65_HS1-834228961_62-HQ-83894_Section_3
Agency: FBI
Page 147
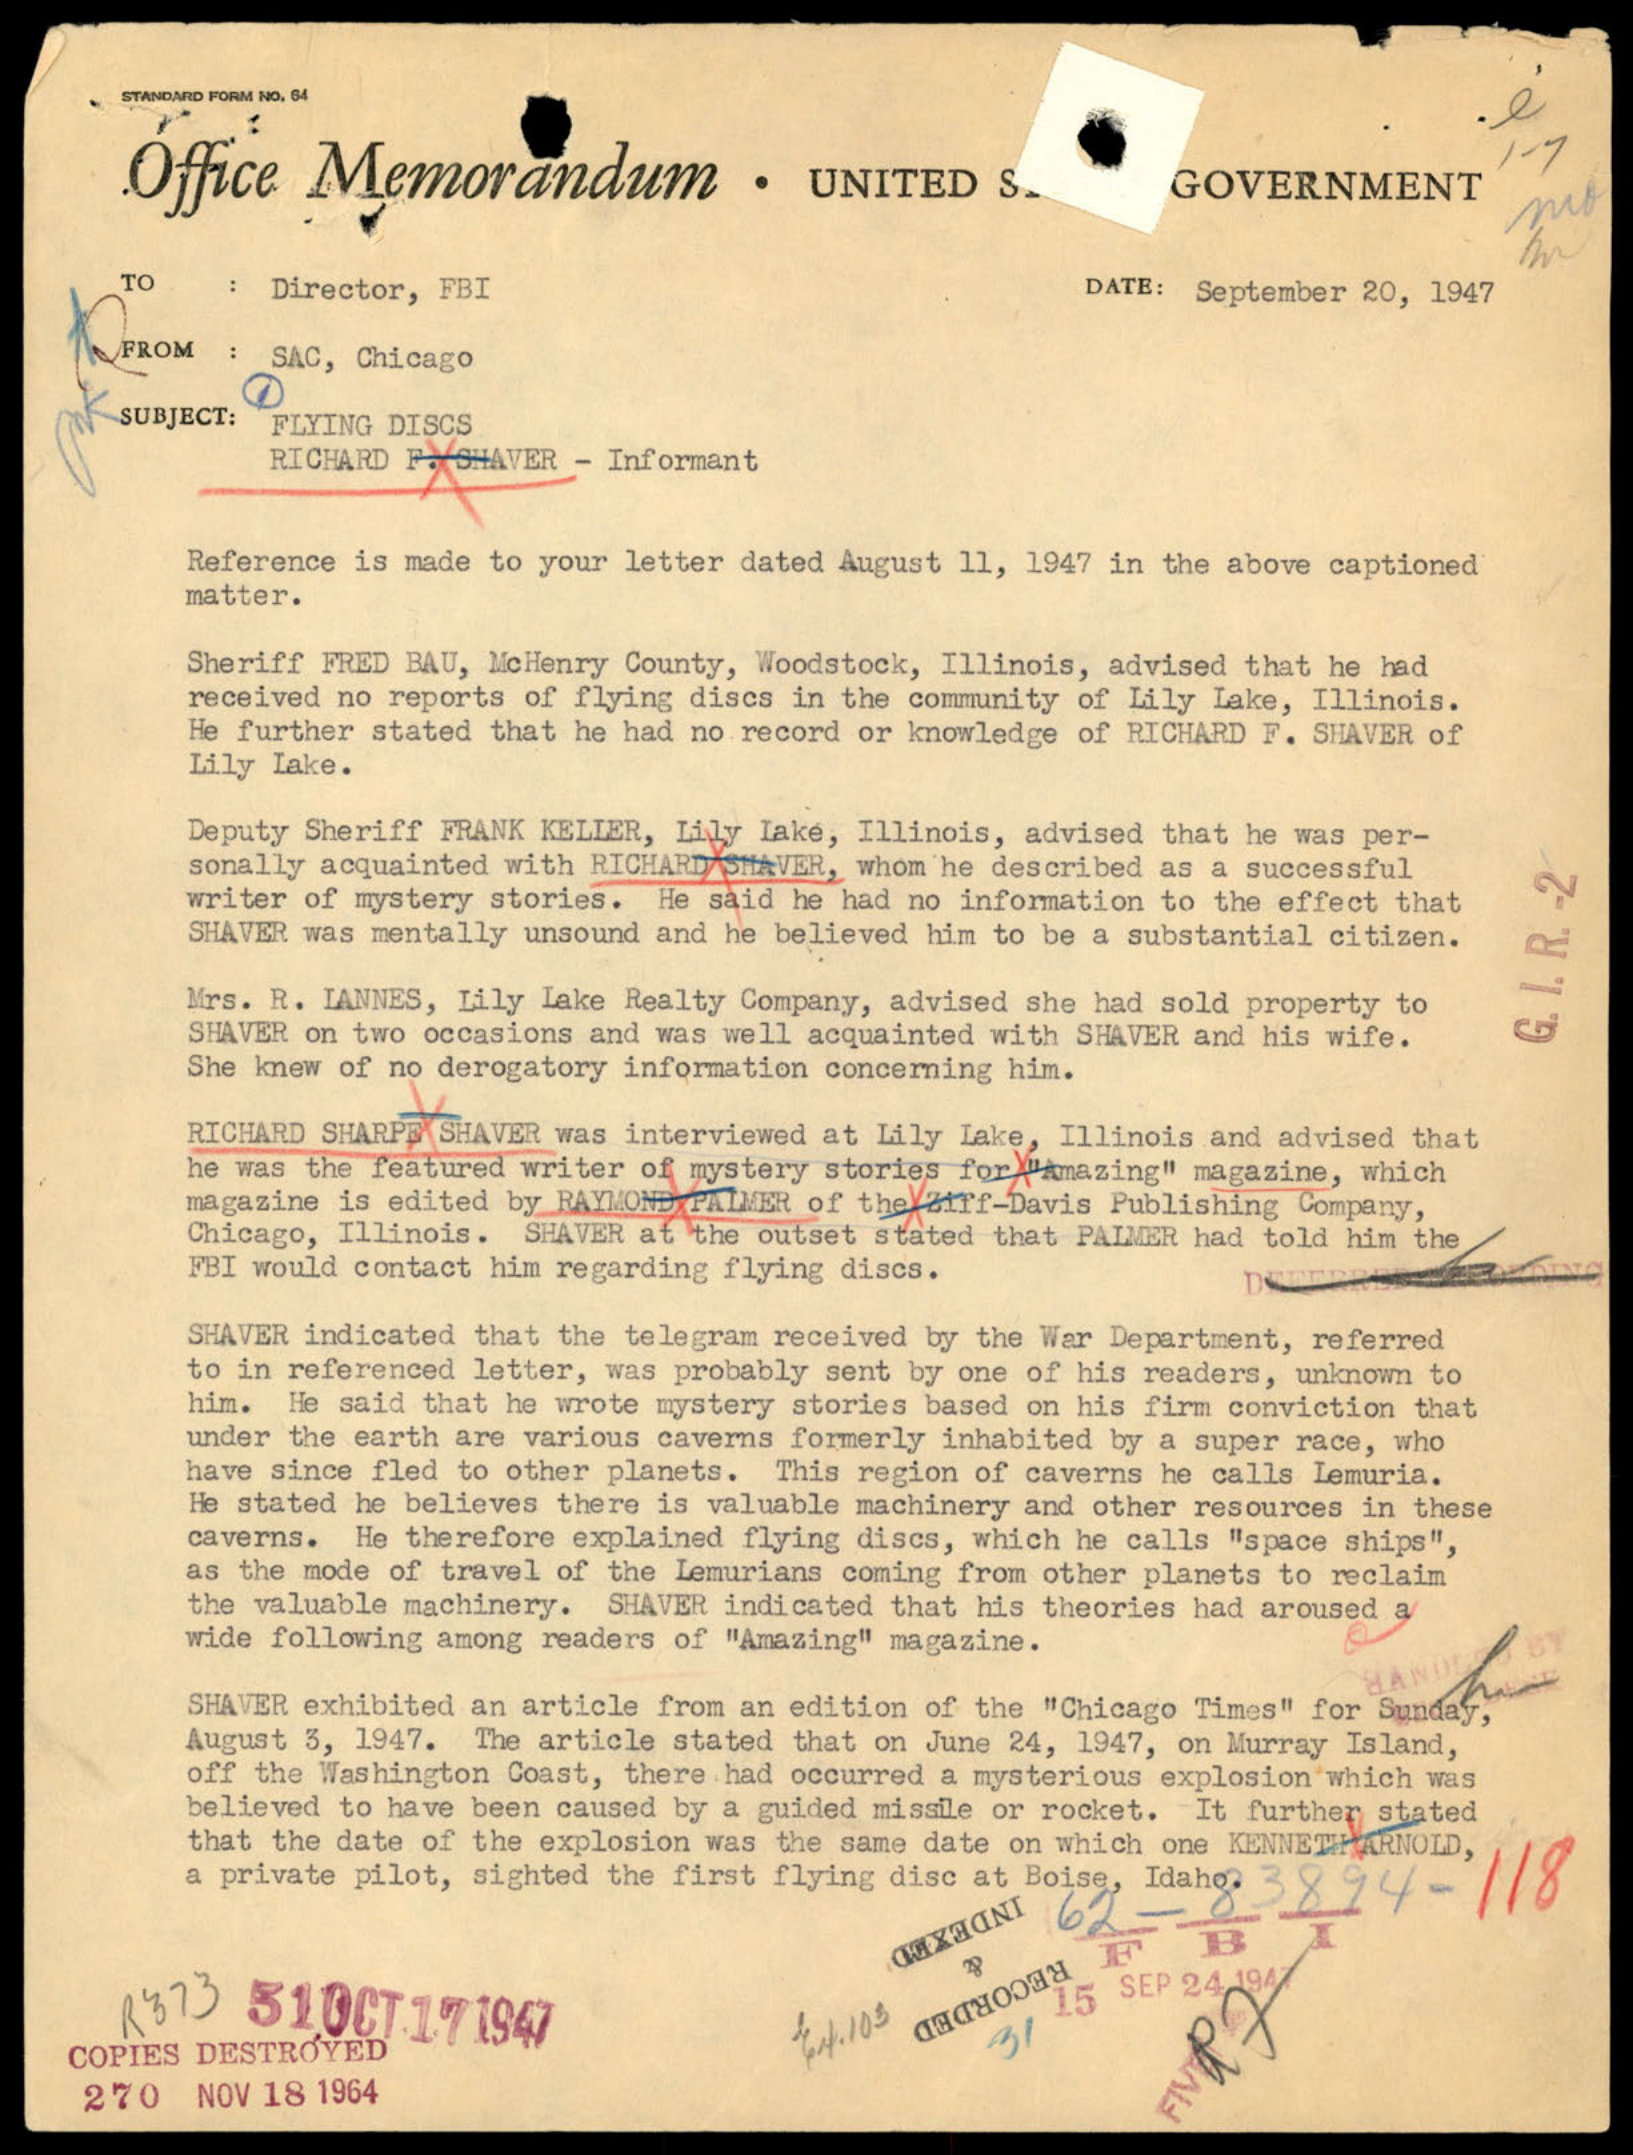